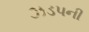
ઝડપની